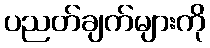
ပညတ်ချက်များကို